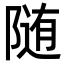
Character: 随